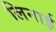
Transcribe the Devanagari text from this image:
लिनाई